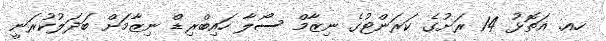
ހއ. އަތޮޅު 14 ރަށުގެ ކަރަންޓުގެ ނިޒާމް ސޯލާ ހައިބްރިޑް ނިޒާމަށް ބަދަލުކުރަނީ